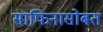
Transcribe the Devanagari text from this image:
साफिनासोबत